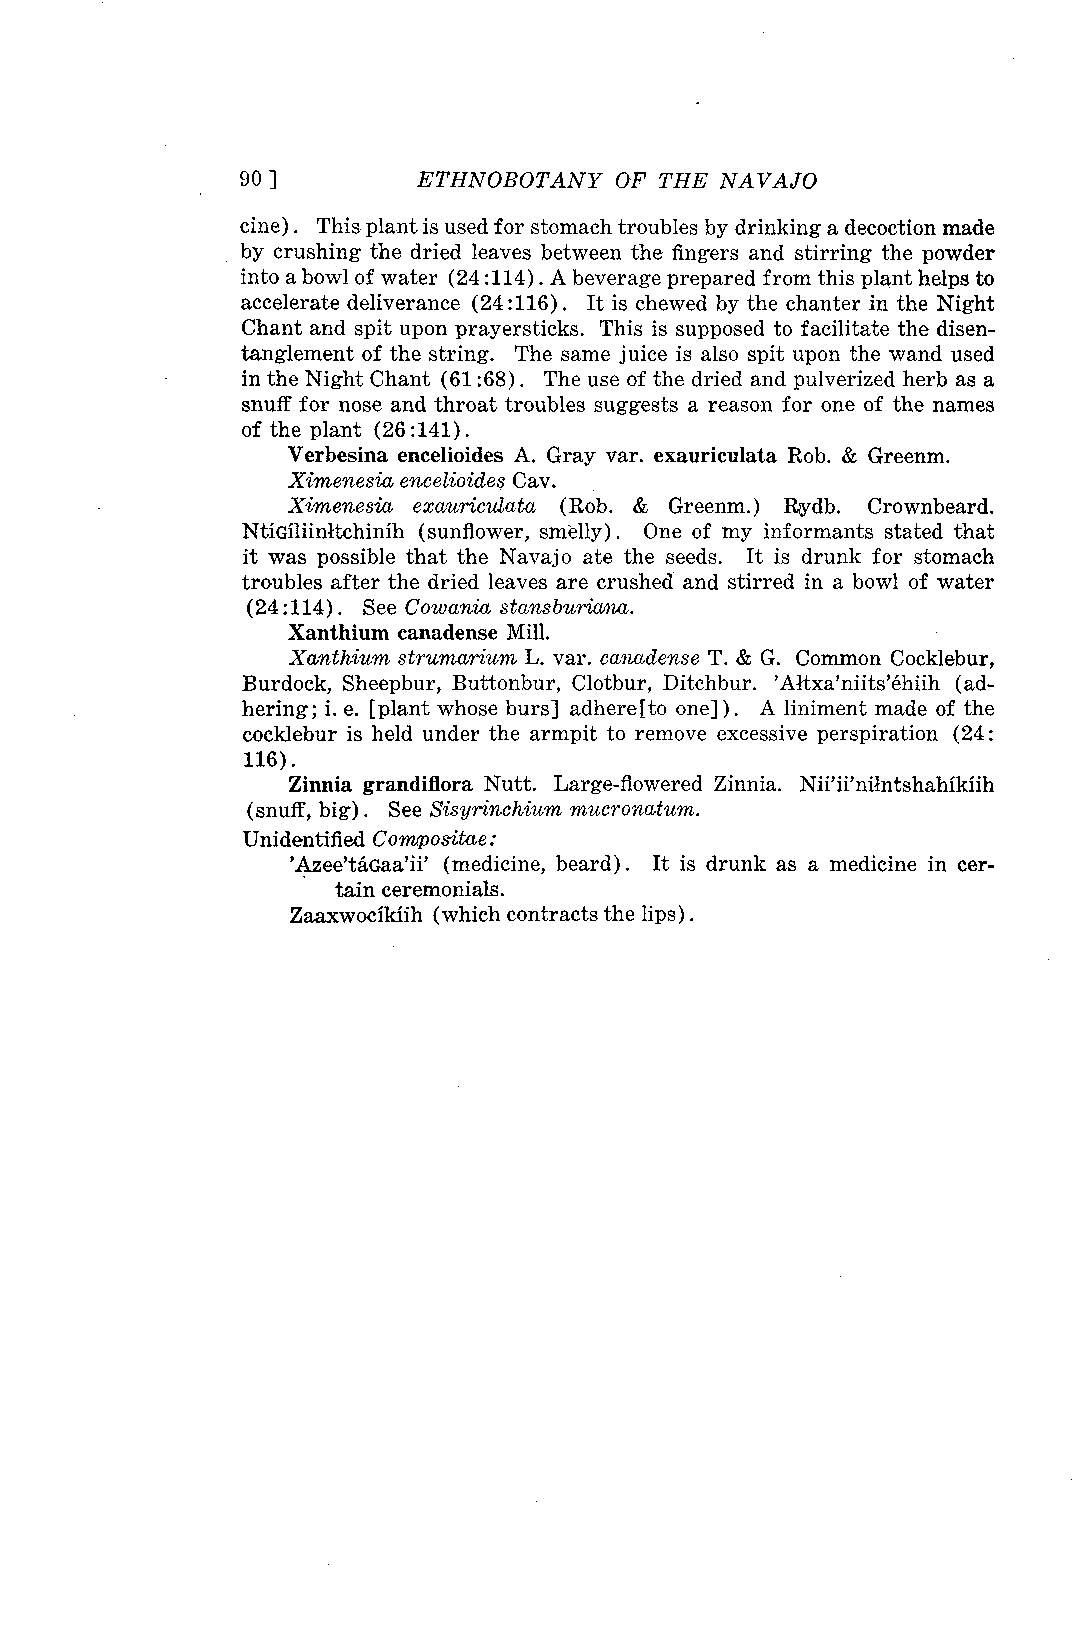
90 ]        ETHNOBOTANY  OF THE NAVAJO
 cine). This plant is used for stomach troubles by drinking a decoction made
 by crushing the dried leaves between the fingers and stirring the powder
 into a bowl of water (24:114). A beverage prepared from this plant helps to
 accelerate deliverance (24:116). It is chewed by the chanter in the Night
 Chant and spit upon prayersticks. This is supposed to facilitate the disen-
 tanglement of the string. The same juice is also spit upon the wand used
 in the Night Chant (61 :68). The use of the dried and pulverized herb as a
 snuff for nose and throat troubles suggests a reason for one of the names
 of the plant (26:141).
 Verbesina encelioides A. Gray var. exauriculata Rob. & Greenm.
 Ximenesia eneelioides Cav.
 Ximenesia exaurieulata (Rob. & Greenm.) Rardb. Crownbeard.
 NtiGiliinitchinih (sunflower, smelly). One of my informants stated that
 it was possible that the Navajo ate the seeds. It is drunk for stomach
 troubles after the dried leaves are crushed and stirred in a bowl of water
 (24 :114) . See Cowania stansburinma.
 Xanthium canadense Mill.
 Xanthium strumarium L. var. eanadense T. & G. Common Cocklebur,
 Burdock, Sheepbur, Buttonbur, Clotbur, Ditchbur. 'Altxa'niits'éhiih (ad-
 hering; i. e. [plant whose burs] adhere[to one] ). A liniment made of the
 cocklebur is held under the armpit to remove excessive perspiration (24:
 116)
 Zinnia grandiflora Nutt. Large-flowered Zinnia. Nifii'nflntshahikiih
 (snuff, big). See Sis yrinchium mucranatum.
 Unidentified Compositae:
 'Azee'tdGaa'ii' (medicine, beard) . It is drunk as a medicine in cer-
 tain ceremonials.
 Zaaxwocikiih (which contracts the lips)